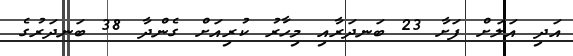
އަދި އަލަށް ފަށާ 23 ބަނދަރާއި މިހާރު ކުރިއަށް ގެންދާ 38 ބަނދަރުގެ